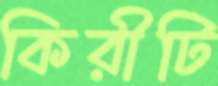
কিরীটি